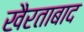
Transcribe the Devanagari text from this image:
खैरताबाद